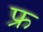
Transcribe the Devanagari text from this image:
फ्रू